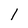
Character: 1